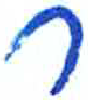
אות: ר